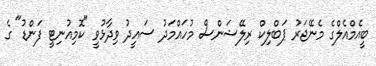
ބީއެމްއެލްގެ މެނޭޖަރު ޕަބްލިކް ރިލޭޝަންސް މުހައްމަދު ސައީދު ވިދާޅުވީ "ކޮމިއުނިޓީ ފަންޑު" ގެ